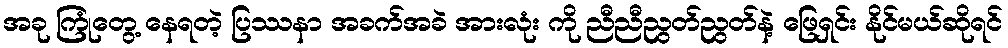
အခု ကြုံတွေ့ နေရတဲ့ ပြဿနာ အခက်အခဲ အားလုံး ကို ညီညီညွတ်ညွတ်နဲ့ ဖြေရှင်း နိုင်မယ်ဆိုရင်